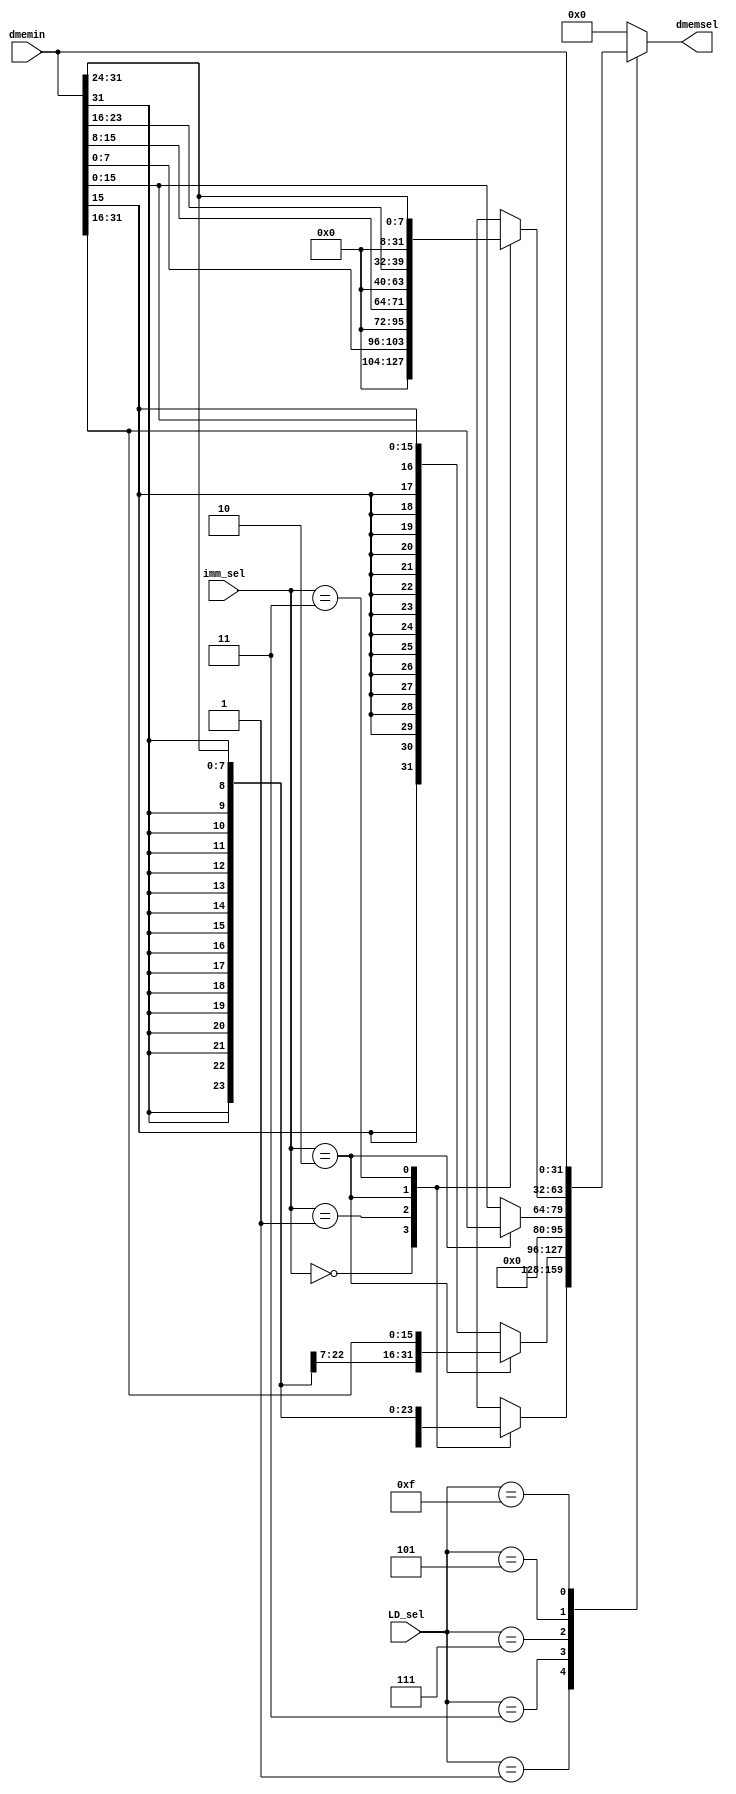
module LD_bitsel(
    input               [3:0]    LD_sel,
    input               [31:0]   dmemin,
    input               [1:0]    imm_sel,
    output  reg         [31:0]   dmemsel
);

    always @(*) begin
        case (LD_sel)
            4'b0000 : dmemsel = 32'b0;
            4'b0001 :   case (imm_sel)
                            2'b00 : dmemsel = {{24{dmemin[7]}},dmemin[7:0]};
                            2'b01 : dmemsel = {{24{dmemin[15]}},dmemin[15:8]};
                            2'b10 : dmemsel = {{24{dmemin[23]}},dmemin[23:16]};
                            2'b11 : dmemsel = {{24{dmemin[31]}},dmemin[31:24]};
                        endcase
            4'b0011 : dmemsel = (imm_sel == 2'd2) ? {{16{dmemin[31]}},dmemin[31:16]} :{{16{dmemin[15]}},dmemin[15:0]};
            4'b0111 : dmemsel = (imm_sel == 2'd2) ? {16'b0,dmemin[31:16]} :{16'b0,dmemin[15:0]};
            4'b0101 : case (imm_sel)
                            2'b00 : dmemsel = {24'b0,dmemin[7:0]};
                            2'b01 : dmemsel = {24'b0,dmemin[15:8]};
                            2'b10 : dmemsel = {24'b0,dmemin[23:16]};
                            2'b11 : dmemsel = {24'b0,dmemin[31:24]};
                        endcase
            4'b1111 : dmemsel = dmemin;
            default:  dmemsel = 32'b0;
        endcase
    end
    
endmodule //LD_bitsel